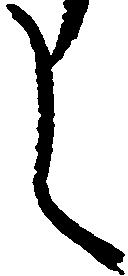
し